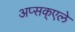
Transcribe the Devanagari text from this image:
अप्सक्एले